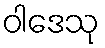
ဝါဒေသု